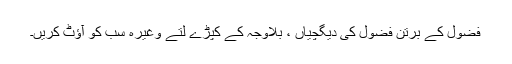
فضول کے برتن فضول کی دیگچیاں ، بلاوجہ کے کپڑے لتے وغیرہ سب کو آؤٹ کریں۔